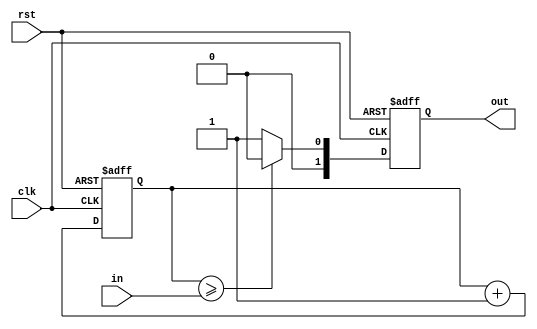
`timescale 1ns / 1ps

//gtype == 0 -  
//gtype == 1 -  
// out[1] - 

module pwm_generator #(parameter N=8, gtype=0)
(
	input rst,
	input clk,
	input [N-1:0]in,
	output reg [1:0]out
);


//  
reg [N-1-gtype:0]count;
always @(posedge clk, posedge rst)
if(rst)
	count <= 0;
else
	count <= count + 1;


always @(posedge clk, posedge rst)
if(rst)
	begin
		out <= 0;
	end
else
	begin
	if(gtype == 0)
		begin
		if(count >= in)
			out <= 0;
		else
			out <= 1;
		end
	else
		begin
		out[1] <= in[N-1];
		if((count > ~in[N-2:0]) & in[N-1])
			out[0] <= 0;
		else if((count >= in[N-2:0]) & ~in[N-1])
			out[0] <= 0;
		else
			out[0] <= 1;
		end
	end
endmodule